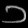
Digit: ၁